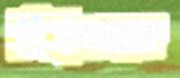
নির্জনমতো